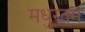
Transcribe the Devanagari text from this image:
मधुरतम